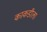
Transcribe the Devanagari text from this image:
काकडीला